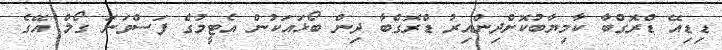
ޑިޑިއޭ ޑްރޮގްބާ ކާމިޔާބުކޮށްދިންއިރު ޑްރޮގްބާ ދިން ބޯޅައަކުން އެޓީމުގެ ފަސްވަނަ ގޯލް އޭގެ